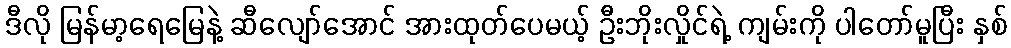
ဒီလို မြန်မာ့ရေမြေနဲ့ ဆီလျော်အောင် အားထုတ်ပေမယ့် ဦးဘိုးလှိုင်ရဲ့ ကျမ်းကို ပါတော်မူပြီး နှစ်